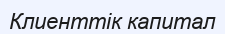
Клиенттік капитал